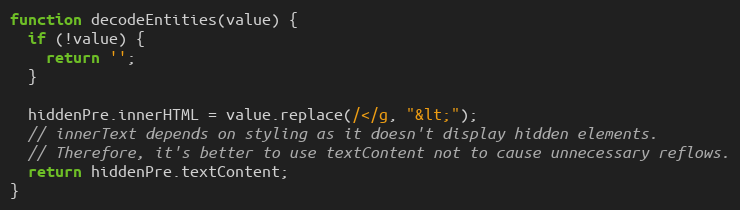
Language: JavaScript
function decodeEntities(value) {
  if (!value) {
    return '';
  }

  hiddenPre.innerHTML = value.replace(/</g, "&lt;");
  // innerText depends on styling as it doesn't display hidden elements.
  // Therefore, it's better to use textContent not to cause unnecessary reflows.
  return hiddenPre.textContent;
}